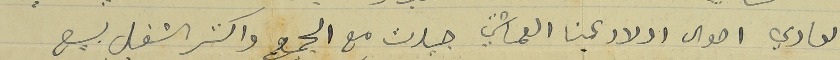
العادي احوال اولاد عمنا العماشتي جيدت مع الجميع واكثر الشغل بيع